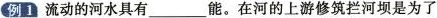
例1 流动的河水具有___能。在河的上游修筑拦河坝是为了